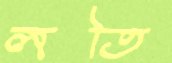
লতি